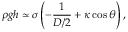
\rho g h \simeq \sigma \left( - \frac { 1 } { D / 2 } + \kappa \cos \theta \right) ,